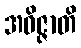
အဝိဇ္ဇာတိ